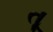
તૂ